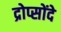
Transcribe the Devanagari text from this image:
द्रोप्सोंदे